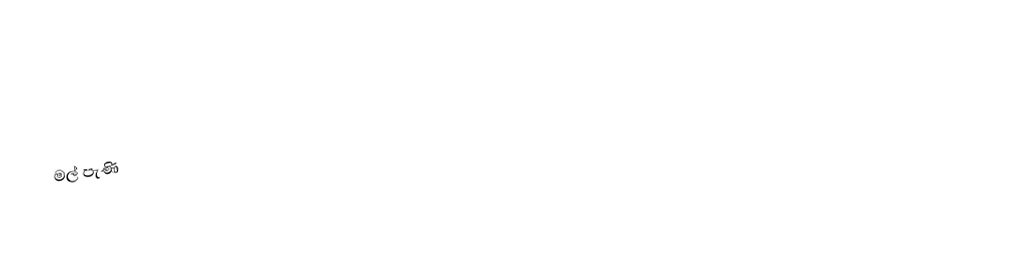
මල් පැණි